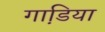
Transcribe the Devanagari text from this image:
गाडि़या